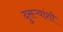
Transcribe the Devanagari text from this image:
दुसऱ्यांशी